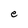
Character: e